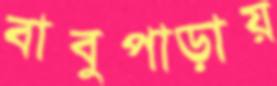
বাবুপাড়ায়